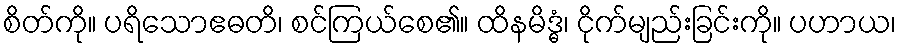
စိတ်ကို။ ပရိသောဧဓတိ၊ စင်ကြယ်စေ၏။ ထိနမိဒ္ဓံ၊ ငိုက်မျည်းခြင်းကို။ ပဟာယ၊